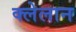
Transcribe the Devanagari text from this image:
क्लेलान